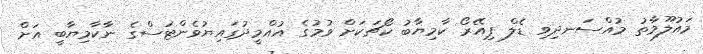
މައުލޫމާތު މުއްސަނދިވި ޑެލް ޕިއޭރޯ ކާމިޔާބު ކޯޗަކަށް ވުމުގެ އުއްމީދުގައިޔުވެންޓަސްގެ ނާކާމިޔާބީ އަށް